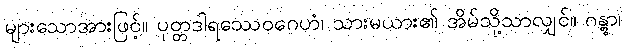
များသောအားဖြင့်။ ပုတ္တဒါရဿေဝဂေဟံ၊ သားမယား၏ အိမ်သို့သာလျှင်။ ဂန္တွာ၊